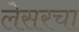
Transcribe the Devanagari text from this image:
लेसरचा